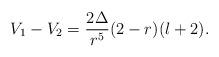
LaTeX: \begin{align*}V_1-V_2= \frac{2 \Delta}{r^5} (2-r) (l+2).\end{align*}